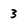
Character: 3